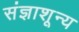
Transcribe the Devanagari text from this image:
संज्ञाशून्य